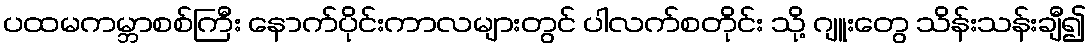
ပထမကမ္ဘာစစ်ကြီး နောက်ပိုင်းကာလများတွင် ပါလက်စတိုင်း သို့ ဂျူးတွေ သိန်းသန်းချီ၍